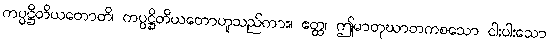
ကပ္ပဋ္ဌိတိယတောတိ၊ ကပ္ပဋ္ဌိတိယတောဟူသည်ကား။ ဧတ္ထ၊ ဤမာတုဃာတကစသော ငါးပါးသော